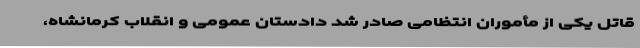
قاتل یکی از مأموران انتظامی صادر شد دادستان عمومی و انقلاب کرمانشاه،